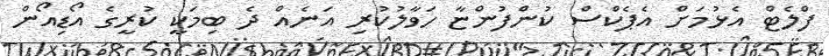
ފްލެޓް އެޅުމަށް އެޕެކްސް ކުންފުންޏާ ހަވާލުކުރި އަނެއް ދެ ބިމަކީ ކުރީގެ އޯޑިއޯން